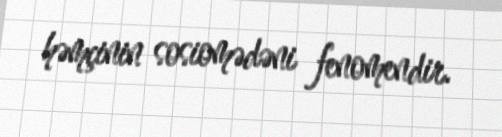
həmçinin sosiomədəni fenomendir.